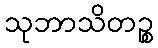
သုဘာသိတဉ္စ